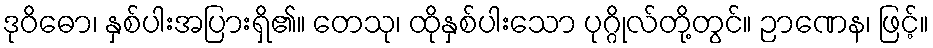
ဒုဝိဓော၊ နှစ်ပါးအပြားရှိ၏။ တေသု၊ ထိုနှစ်ပါးသော ပုဂ္ဂိုလ်တို့တွင်။ ဉာဏေန၊ ဖြင့်။